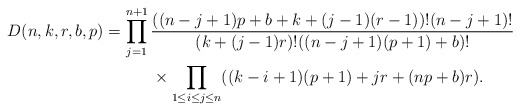
\begin{gather*} D(n,k,r,b,p)= \prod_{j=1}^{n+1} {((n-j+1)p +b+k+(j-1)(r-1) )! (n-j+1)! \over(k+(j-1)r )!((n-j+1)(p+1)+b )!}\\\hphantom{D(n,k,r,b,p)=}{} \times \prod_{1 \le i \le j \le n} ((k-i+1)(p+1)+jr+(np+b)r).\end{gather*}